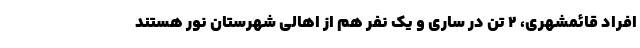
افراد قائمشهری، ۲ تن در ساری و یک نفر هم از اهالی شهرستان نور هستند